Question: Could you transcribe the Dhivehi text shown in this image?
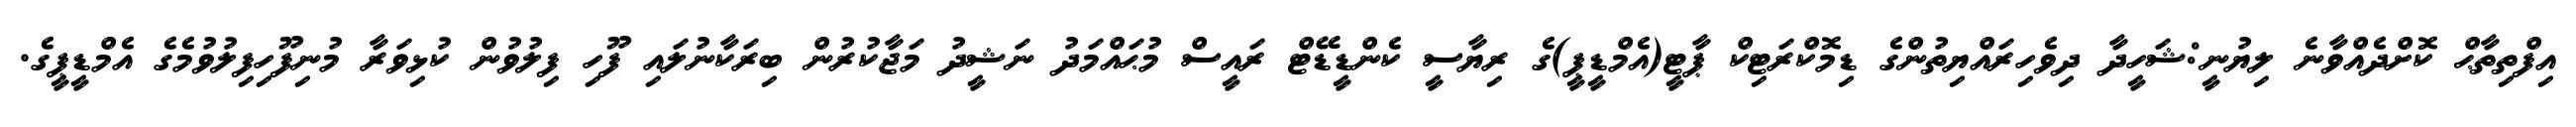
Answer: އިފްތިތާޙް ކޮށްދެއްވާނެ ލިޔުނީ:ޝަހީދާ ދިވެހިރައްޔިތުންގެ ޑިމޮކްރަޓިކް ޕާޓީ(އެމްޑީޕީ)ގެ ރިޔާސީ ކެންޑީޑޭޓް ރައީސް މުޙައްމަދު ނަޝީދު މަޖާކުރުން ބިރަކާނުލައި ފޫހި ފިލުވުން ކުޅިވަރާ މުނިފޫހިފިލުވުމެގެ އެމްޑީޕީގެ.